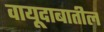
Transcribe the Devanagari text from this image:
वायूदाबातील